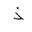
Letter: _thal